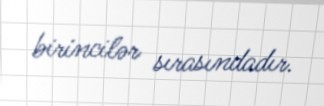
birincilər sırasındadır.